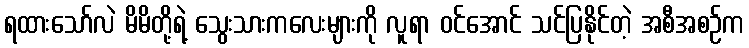
ရထားသော်လဲ မိမိတို့ရဲ့ သွေးသားကလေးများကို လူရာ ဝင်အောင် သင်ပြနိုင်တဲ့ အစီအစဉ်က